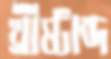
খ্রীষ্টাব্দ